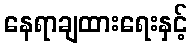
နေရာချထားရေးနှင့်